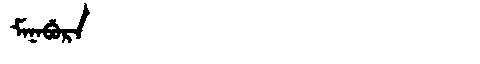
Manchu: ᠮᠠᠨᠠᠪᡠᡵᠠ
Romanization: MANABURA